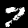
Label: 7